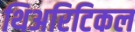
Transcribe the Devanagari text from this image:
थिअरिटिकल